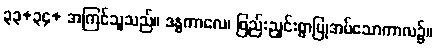
၃၃+၃၄+ အကြင်သူသည်။ ဒန္ဓကာလေ၊ ဖြည်းညှင်းစွာပြုအပ်သောကာလ၌။